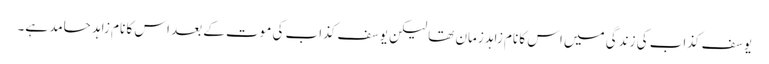
یوسف کذاب کی زندگی میں اس کا نام زاہد زمان تھا لیکن یوسف کذاب کی موت کے بعد اس کا نام زاہد حامد ہے۔